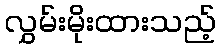
လွှမ်းမိုးထားသည့်